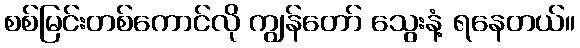
စစ်မြင်းတစ်ကောင်လို ကျွန်တော် သွေးနံ့ ရနေတယ်။